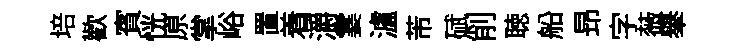
培歡賓恍原掌峪置着灂霎瀘芾碔削聴船昻字薇𦦙